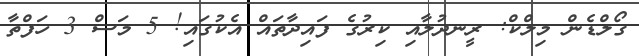
ގޯލްޑެން މިލްކް: ރީނދުލާއި ކިރުގެ ފައިދާތައް އެކުގައި! 5 މަސް 3 ހަފްތާ